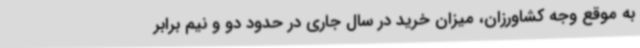
به موقع وجه کشاورزان، میزان خرید در سال جاری در حدود دو و نیم برابر